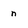
Character: n